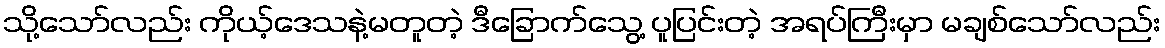
သို့သော်လည်း ကိုယ့်ဒေသနဲ့မတူတဲ့ ဒီခြောက်သွေ့ ပူပြင်းတဲ့ အရပ်ကြီးမှာ မချစ်သော်လည်း